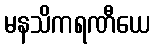
မနသိကရဏီယေ